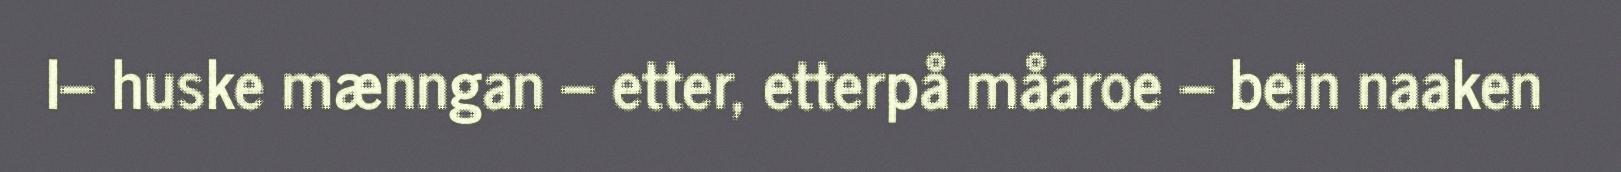
I– huske mænngan – etter, etterpå måaroe – bein naaken